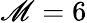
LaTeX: \mathscr{M}=6